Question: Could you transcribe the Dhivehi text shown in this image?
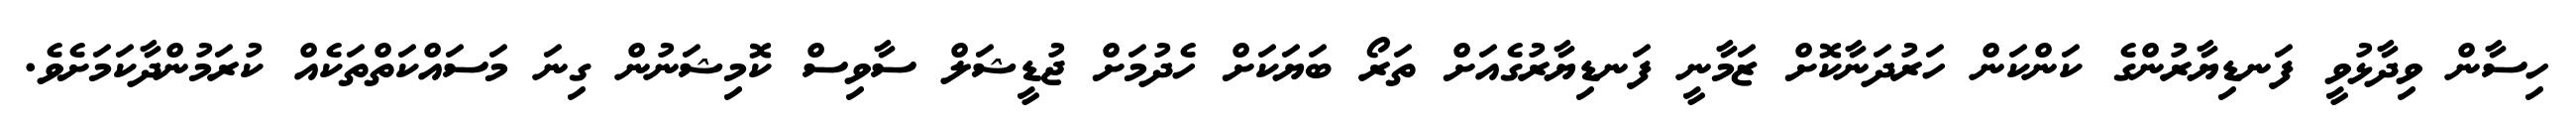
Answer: ހިސާން ވިދާޅުވީ ފަނޑިޔާރުންގެ ކަންކަން ހަރުދަނާކޮށް ޒަމާނީ ފަނޑިޔާރުގެއަށް ތަރޯ ބަޔަކަށް ހެދުމަށް ޖުޑީޝަލް ސާވިސް ކޮމިޝަނުން ގިނަ މަސައްކަތްތަކެއް ކުރަމުންދާކަމަށެވެ.